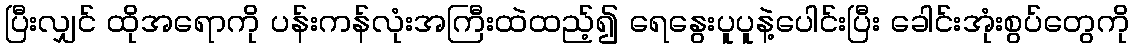
ပြီးလျှင် ထိုအရောကို ပန်းကန်လုံးအကြီးထဲထည့်၍ ရေနွေးပူပူနဲ့ပေါင်းပြီး ခေါင်းအုံးစွပ်တွေကို